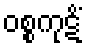
ဝစ္စကုဋိံ